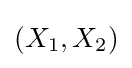
\left(X_{1},X_{2}\right)